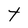
Character: t